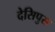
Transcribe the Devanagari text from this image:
देसिपुस